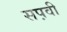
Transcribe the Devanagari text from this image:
सप़वी